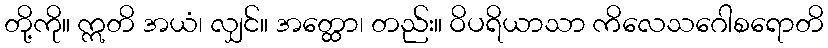
တို့ကို။ ဣတိ အယံ၊ လျှင်။ အတ္ထော၊ တည်း။ ဝိပရိယာသာ ကိလေသဂေါစရောတိ